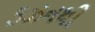
ડઝનથી